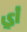
أي